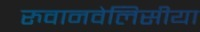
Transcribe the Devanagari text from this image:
रुवानवेलिसीया